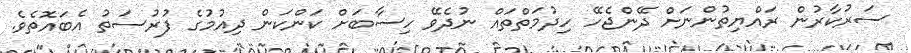
ސަރުކާރުން ރައްޔިތުންނަށް ދޭންޖެހޭ ހިދުމަތްތައް ނުދެވޭ ހިސާބަށް ކަންކަން ދިއުމުގެ ފުރުސަތު އެބައޮތެވެ.